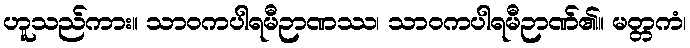
ဟူသည်ကား။ သာဝကပါရမီဉာဏဿ၊ သာဝကပါရမီဉာဏ်၏။ မတ္တကံ၊